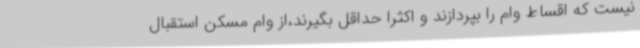
نیست که اقساط وام را بپردازند و اکثرا حداقل بگیرند،از وام مسکن استقبال